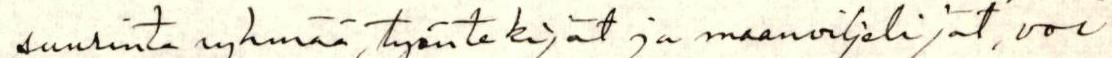
suurinta ryhmää, työntekijät ja maanviljelijät, voi